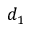
d _ { 1 }